Report on the cultivation of protesoma, Labbé, in grey mosquitoes
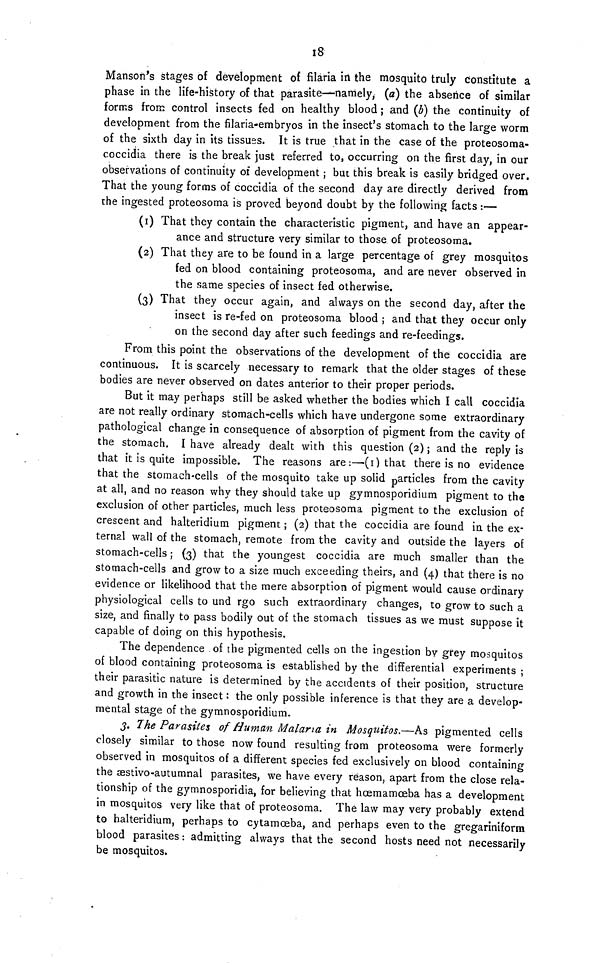
18
Manson's stages of development of filaria in the mosquito truly constitute a
phase in the life-history of that parasite—namely, (a) the ahsence of similar
forms from control insects fed on healthy blood ; and (b) the continuity of
development from the filaria-embryos in the insect's stomach to the large worm
of the sixth day in its tissues. It is true that in the case of the proteosoma-
coccidia there is the break just referred to, occurring on the first day, in our
observations of continuity of development ; but this break is easily bridged over.
That the young forms of coccidia of the second day are directly derived from
the ingested proteosoma is proved beyond doubt by the following facts :—
(1) That they contain the characteristic pigment, and have an appear-
ance and structure very similar to those of proteosoma.
(2) That they are to be found in a large percentage of grey mosquitos
fed on blood containing proteosoma, and are never observed in
the same species of insect fed otherwise.
(3) That they occur again, and always on the second day, after the
insect is re-fed on proteosoma blood ; and that they occur only
on the second day after such feedings and re-feedings.
From this point the observations of the development of the coccidia are
continuous. It is scarcely necessary to remark that the older stages of these
bodies are never observed on dates anterior to their proper periods.
But it may perhaps still be asked whether the bodies which I call coccidia
are not really ordinary stomach-cells which have undergone some extraordinary
pathological change in consequence of absorption of pigment from the cavity of
the stomach. I have already dealt with this question (2) ; and the reply is
that it is quite impossible. The reasons are:—-(i) that there is no evidence
that the stomach-cells of the mosquito take up solid particles from the cavity
at all, and no reason why they should take up gymnosporidium pigment to the
exclusion of other particles, much less proteosoma pigment to the exclusion of
crescent and halteridium pigment ; (2) that the coccidia are found in the ex-
ternal wall of the stomach, remote from the cavity and outside the layers of
stomach-cells ; (3) that the youngest coccidia are much smaller than the
stomach-cells and grow to a size much exceeding theirs, and (4) that there is no
evidence or likelihood that the mere absorption of pigment would cause ordinary
physiological cells to und rgo such extraordinary changes, to grow to such a
size, and finally to pass bodily out of the stomach tissues as we must suppose it
capable of doing on this hypothesis.
The dependence of the pigmented cells on the ingestion by grey mosquitos
of blood containing proteosoma is established by the differential experiments ;
their parasitic nature is determined by the accidents of their position, structure
and growth in the insect : the only possible inference is that they are a develop-
mental stage of the gymnosporidium.
3. The Parasites of Human Malaria in Mosquitos.—As pigmented cells
closely similar to those now found resulting from proteosoma were formerly
observed in mosquitos of a different species fed exclusively on blood containing
the æstivo-autumnal parasites, we have every reason, apart from the close rela-
tionship of the gymnosporidia, for believing that hœmamceba has a development
in mosquitos very like that of proteosoma. The law may very probably extend
to halteridium, perhaps to cytamœba, and perhaps even to the gregarirtiform
blood parasites : admitting always that the second hosts need not necessarily
be mosquitos.